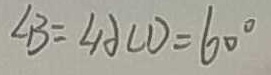
\angle B = \angle A C D = 6 0 ^ { \circ }